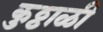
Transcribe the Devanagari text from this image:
कुठ्ठाळी